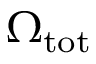
\Omega _ { \mathrm { { t o t } } }